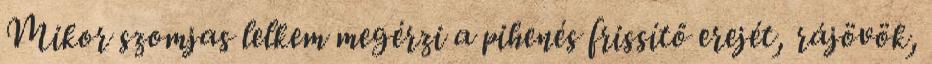
Mikor szomjas lelkem megérzi a pihenés frissítő erejét, rájövök,